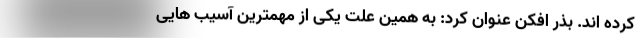
کرده اند. بذر افکن عنوان کرد: به همین علت یکی از مهمترین آسیب هایی